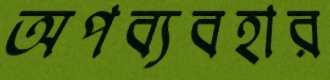
অপব্যবহার